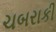
ચબરાકી